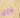
غاري